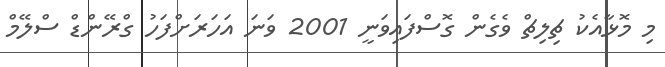
މި މޮޅާއެކު ޗިލިޗް ވެގެން ގޮސްފައިވަނީ 2001 ވަނަ އަހަރަށްފަހު ގްރޭންޑް ސްލޭމް